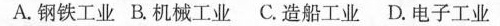
A.钢铁工业 B.机械工业 C.造船工业 D.电子工业